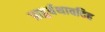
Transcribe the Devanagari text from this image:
प्राहुर्यथावदिह